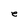
Character: e